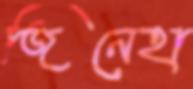
জিনেহা